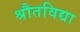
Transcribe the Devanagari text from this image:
श्रौतविद्या